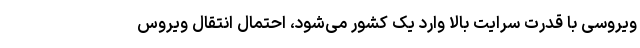
ویروسی با قدرت سرایت بالا وارد یک کشور می‌شود، احتمال انتقال ویروس